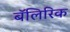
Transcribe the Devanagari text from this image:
बॅलिरिक